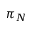
\pi _ { N }